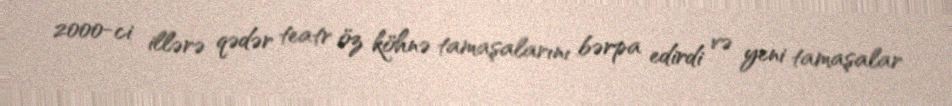
2000-ci illərə qədər teatr öz köhnə tamaşalarını bərpa edirdi və yeni tamaşalar